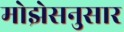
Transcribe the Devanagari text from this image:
मोझेसनुसार